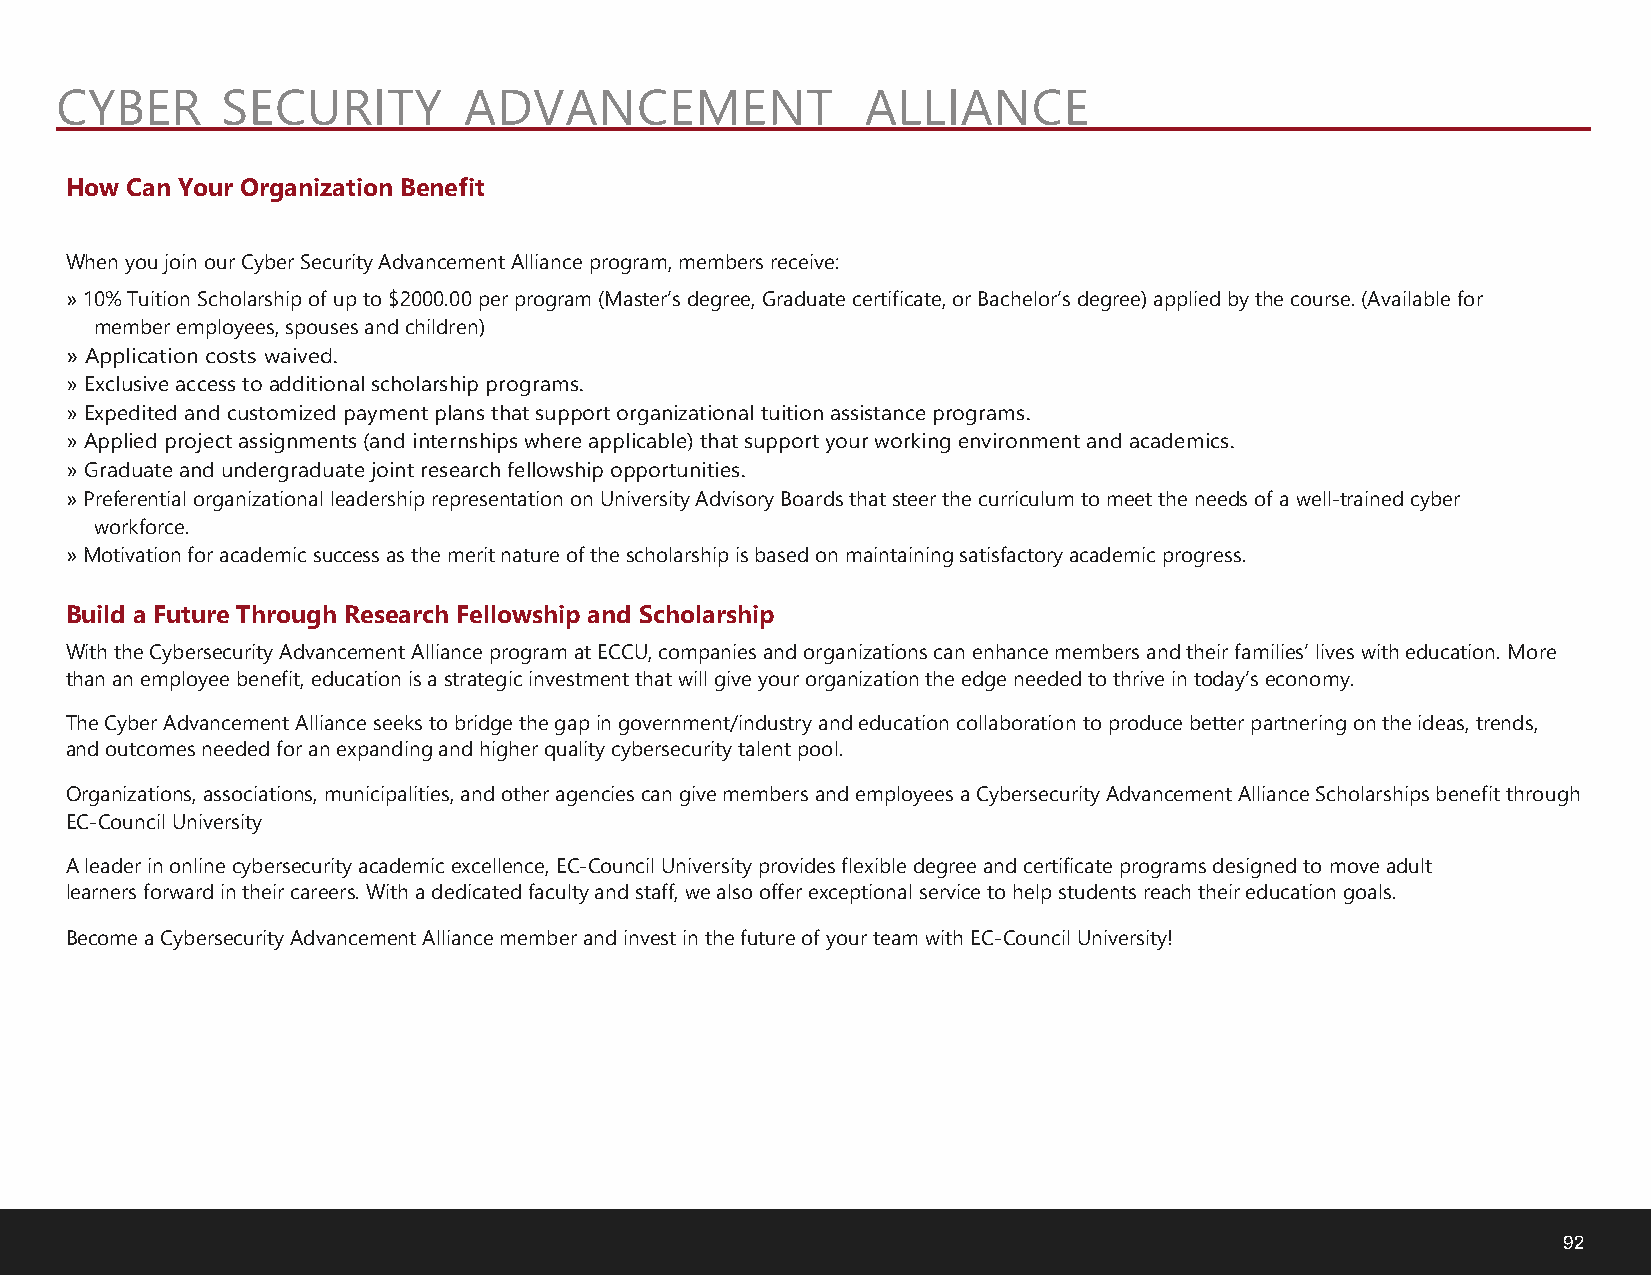
CYBER      SECURITY        ADVANCEMENT               ALLIANCE
 How Can Your Organization Benefit
 When you join our Cyber Security Advancement Alliance program, members receive:
 »10% Tuition Scholarship of up to $2000.00 per program (Master’s degree, Graduate certificate, or Bachelor’s degree) applied by the course. (Available for
 member employees, spouses and children)
 » Application costs waived.
 »Exclusive access to additional scholarship programs.
 »Expedited and customized payment plans that support organizational tuition assistance programs.
 »Applied project assignments (and internships where applicable) that support your working environment and academics.
 »Graduate and undergraduate joint research fellowship opportunities.
 »Preferential organizational leadership representation on University Advisory Boards that steer the curriculum to meet the needs of a well-trained cyber
 workforce.
 »Motivation for academic success as the merit nature of the scholarship is based on maintaining satisfactory academic progress.
 Build a Future Through Research Fellowship and Scholarship
 With the Cybersecurity Advancement Alliance program at ECCU, companies and organizations can enhance members and their families’ lives with education. More
 than an employee benefit, education is a strategic investment that will give your organization the edge needed to thrive in today’s economy.
 The Cyber Advancement Alliance seeks to bridge the gap in government/industry and education collaboration to produce better partnering on the ideas, trends,
 and outcomes needed for an expanding and higher quality cybersecurity talent pool.
 Organizations, associations, municipalities, and other agencies can give members and employees a Cybersecurity Advancement Alliance Scholarships benefit through
 EC-Council University
 A leader in online cybersecurity academic excellence, EC-Council University provides flexible degree and certificate programs designed to move adult
 learners forward in their careers. With a dedicated faculty and staff, we also offer exceptional service to help students reach their education goals.
 Become a Cybersecurity Advancement Alliance member and invest in the future of your team with EC-Council University!
 92